Report on plague in the Punjab from October 1st ... to September 30th ..., being the ... season of plague in the province
Disease focus: Plague
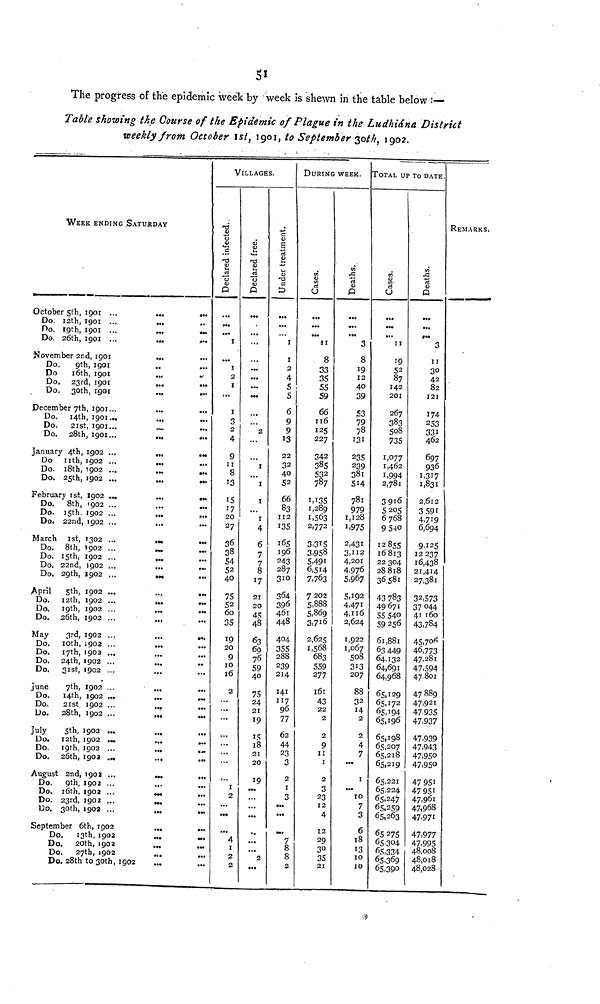
51
The progress of the epidemic week by week is shewn in the table below :—
Table showing the Course of the Epidemic of Plague in the Ludhiána District
weekly from October 1st, 1901, to September 30th, 1902.
WEEK ENDING SATURDAY
October 5th, 1901 ...
...
...
Do. 12th, 1901 ...
...
..
Do. 19th, 1901 ...
...
...
Do. 26th, 1901 ...
...
...
November 2nd, 1901
...
...
Do. 9th, 1901
Do
16th, 1901
Do. 23rd, 1901
...
...
Do. 30th, 1901
December 7th, 1901...
...
...
Do. 14th, 1901...
..,
...
Do.
21st, 1901...
...
...
Do. 28th, 1901...
...
...
January 4th, 1902 ...
...
...
Do 11th, 1902 ...
...
...
Do. 18th, 1902 ...
...
...
Do. 25th, 1902 ...
...
...
February Ist, 1902 ...
...
...
Do.
8th, 1902 ...
...
...
Do. 15th. 1902 ...
...
...
Do. 22nd, 1902 ...
...
March 1st, 1302 ...
...
...
Do. 8th, 1902 ...
...
...
Do. 15th, 1902 ...
Do. 22nd, 1902 ...
...
...
Do. 29th, 1902 ...
...
April
5th, 1902 ...
Do.
12th, 1902 ...
...
...
Do. 19th, 1902 ...
...
...
Do. 26th, 1902 ...
.,,
May
3rd, 1902 ...
...
.,.
Do.
10th, 1902 ...
...
Do.
17th, 1902 ...
Do. 24th, 1902 ...
...
Do.
31st, 1902 ...
June
7th, 1902 ...
Do. 14th, 1902 ...
Do.
21st 1902 ...
..
Do.
28th, 1902 ...
...
...
July
5th, 1902 ...
...
...
Do. 12th, 1902 ...
...
...
Do.
19th, 1902 ...
...
...
Do. 26th, 1902 ...
August 2nd, 1902 ...
...
...
Do.
9th, 1902 ...
...
Do. 16th, 1902 ...
...
...
Do. 23rd, 1902 ...
...
Do. 30th, 1902 ...
September 6th, 1902
...
...
Do.
13th, 1902
...
...
Do.
20th, 1902
...
...
Do.
27th, 1902
...
...
Do. 28th to 30th, 1902
...
...
VILLAGES.
I
2
I
...
I
3
2
4
8
13
15
17
20
27
36
38
52
40
75
60
35
19
20
n
y
10
16
2
...
I
2
...
4
1
2
2
...
...
...
...
2
1
1
1
1
4
7
7
8
17
21
20
45
48
63
fin 69
76 70
59
40
75
24
24
21 19
15
18
21
20
19
19
...
...
"*
...
8
5
1
I
2
4
5
5
6
9
9
13
22
32
40
52
66
83
112
135
165
196
243
"287
310
364
396
461
448
404
355
288
239
214
141
117
96
77
62
44
23
3
2
1
3
...
7
8
8
2
DURING WEEK.
:
8
33
35
55
59
66
116
125
227
342
385
532
787
1,135
1,289
1.563
2,772
3,315
3.958
5.401
6,514
7,763
7 202
5.888
5,869
3,716
2,625
1,568
683
559
277
161
43
22
2
2
9
11
1
2
3
23
12
4
12
29
3°3
5
21
Deaths,
3
8
19
12
40
39
53
79
78
131
235
239
381
514
781
979
1,128
1,975
2,431
3.112
4,201
4.976
5,967
5,192
4,471
4,116
2,624
1,922
1,067
508
313
207
88
32
14
2
2
4
7
1
...
10
7
3
6
18
13
10
10
TOTAL UP TO DATE.
Cases.
19
52
87
142
201
267
383
508
735
1.077
1,462
1,994
2,781
3916
5205
6768
9540
12855
16813
22 304
28818
36.581
43 783
49 671
55 540
59 256
61,881
63 440
64133
64691
64,968
65.120
65.172
65,194
65,196
65,198 65207
65 218
65,219
65,221
65224
65.247
65.259
65.263
65 275
65304
65334
65369
65,390
Deaths.
11
30
42
82
121
174
253
331
462
607
936
1,317
1,831
2,612
3 591
4,7!9
6,694
9.125
12 237
16418
21,414
27,381
32,573
37044
41160
43,784
45706
46,773
4.7 281
4.7 594
47.801
47 889
4.7,921
47 935
47.937
47.939
47,943
47,950
47,950
47 051
47951
47951
47 961
47.968
47,971
47,077
47,995
48,008
48,018
48,028
REMARKS.